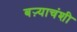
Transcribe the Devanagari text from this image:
बऱ्याचंशी